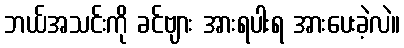
ဘယ်အသင်းကို ခင်ဗျား အားရပါးရ အားပေးခဲ့လဲ။